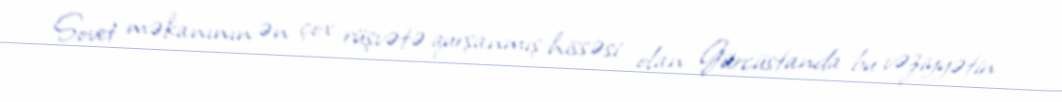
Sovet məkanının ən çox rüşvətə qurşanmış hissəsi olan Gürcüstanda bu vəziyyətin